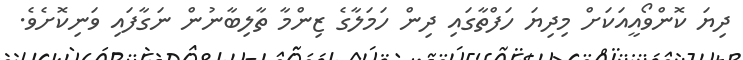
ދިޔަ ކޮންވޯއީއަކަށް މިދިޔަ ހަފްތާގައި ދިން ހަމަލާގެ ޒިންމާ ތާލިބާނުން ނަގާފައި ވަނިކޮށެވެ.